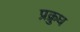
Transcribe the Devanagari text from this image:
प्रक्रुध